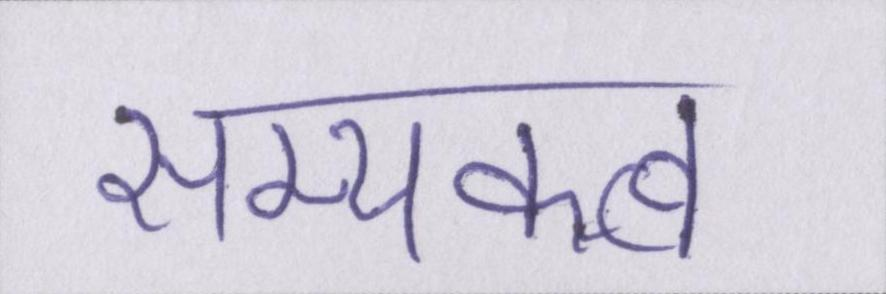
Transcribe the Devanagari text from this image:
सम्यक्त्व